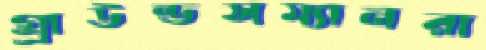
গ্র্রাউন্ডসম্যানরা